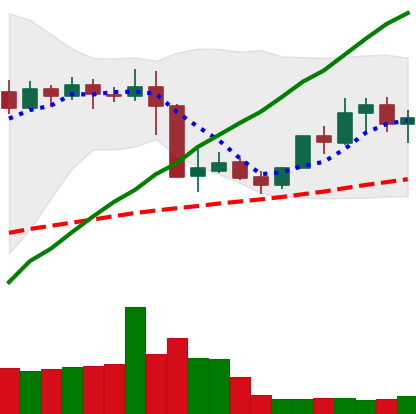
Ticker: XMR-USD
Chart end date: 2019-05-06
Forward return: 16.588%
Label: up_7plus